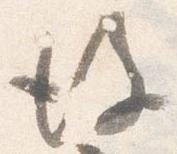
後